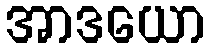
အာဒယော